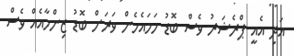
އަދި އެއީ ޕްރެޝަރު ވެސް ބޮޑު ހަމައެހެން ވަރަށް ބޮޑު ޒިންމާއެއް ވެސް